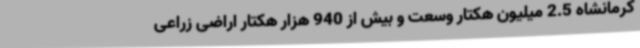
کرمانشاه 2.5 میلیون هکتار وسعت و بیش از 940 هزار هکتار اراضی زراعی